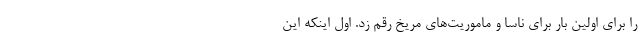
را برای اولین بار برای ناسا و ماموریت‌های مریخ رقم زد. اول اینکه این